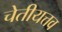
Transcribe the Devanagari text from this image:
चेतीयत्तव